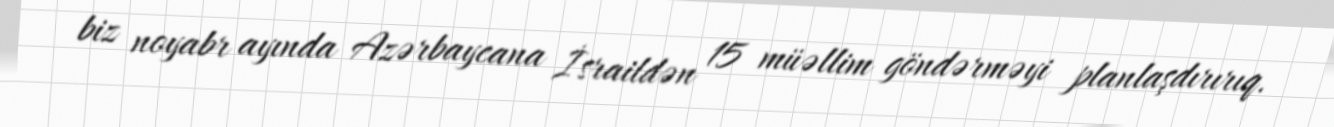
biz noyabr ayında Azərbaycana İsraildən 15 müəllim göndərməyi planlaşdırırıq.